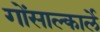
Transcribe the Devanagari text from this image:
गोंसाल्कार्ले